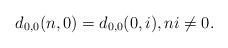
LaTeX: \begin{align*}d_{0,0}(n,0)=d_{0,0}(0,i),ni\ne 0.\end{align*}